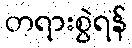
တရားစွဲရန်